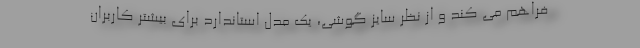
فراهم می کند و از نظر سایز گوشی، یک مدل استاندارد برای بیشتر کاربران